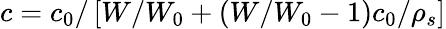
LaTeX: c=c_{0}/\left[W/W_{0}+(W/W_{0}-1)c_{0}/\rho_{s}\right]